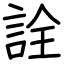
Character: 詮